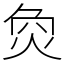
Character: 烉